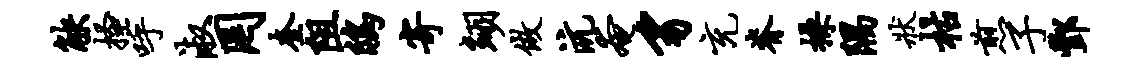
觖搔呼淑罔奎阻鸱寄翊做沆奄豸充脊操隅状枯煎子酆